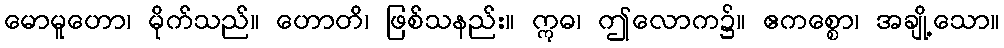
မောမူဟော၊ မိုက်သည်။ ဟောတိ၊ ဖြစ်သနည်း။ ဣဓ၊ ဤလောက၌။ ဧကစ္စော၊ အချို့သော။